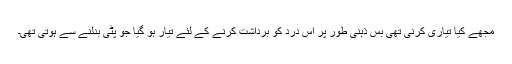
مجھے کیا تیاری کرنی تھی بس ذہنی طور پر اس درد کو برداشت کرنے کے لئے تیار ہو گیا جو پٹی بدلنے سے ہوتی تھی۔